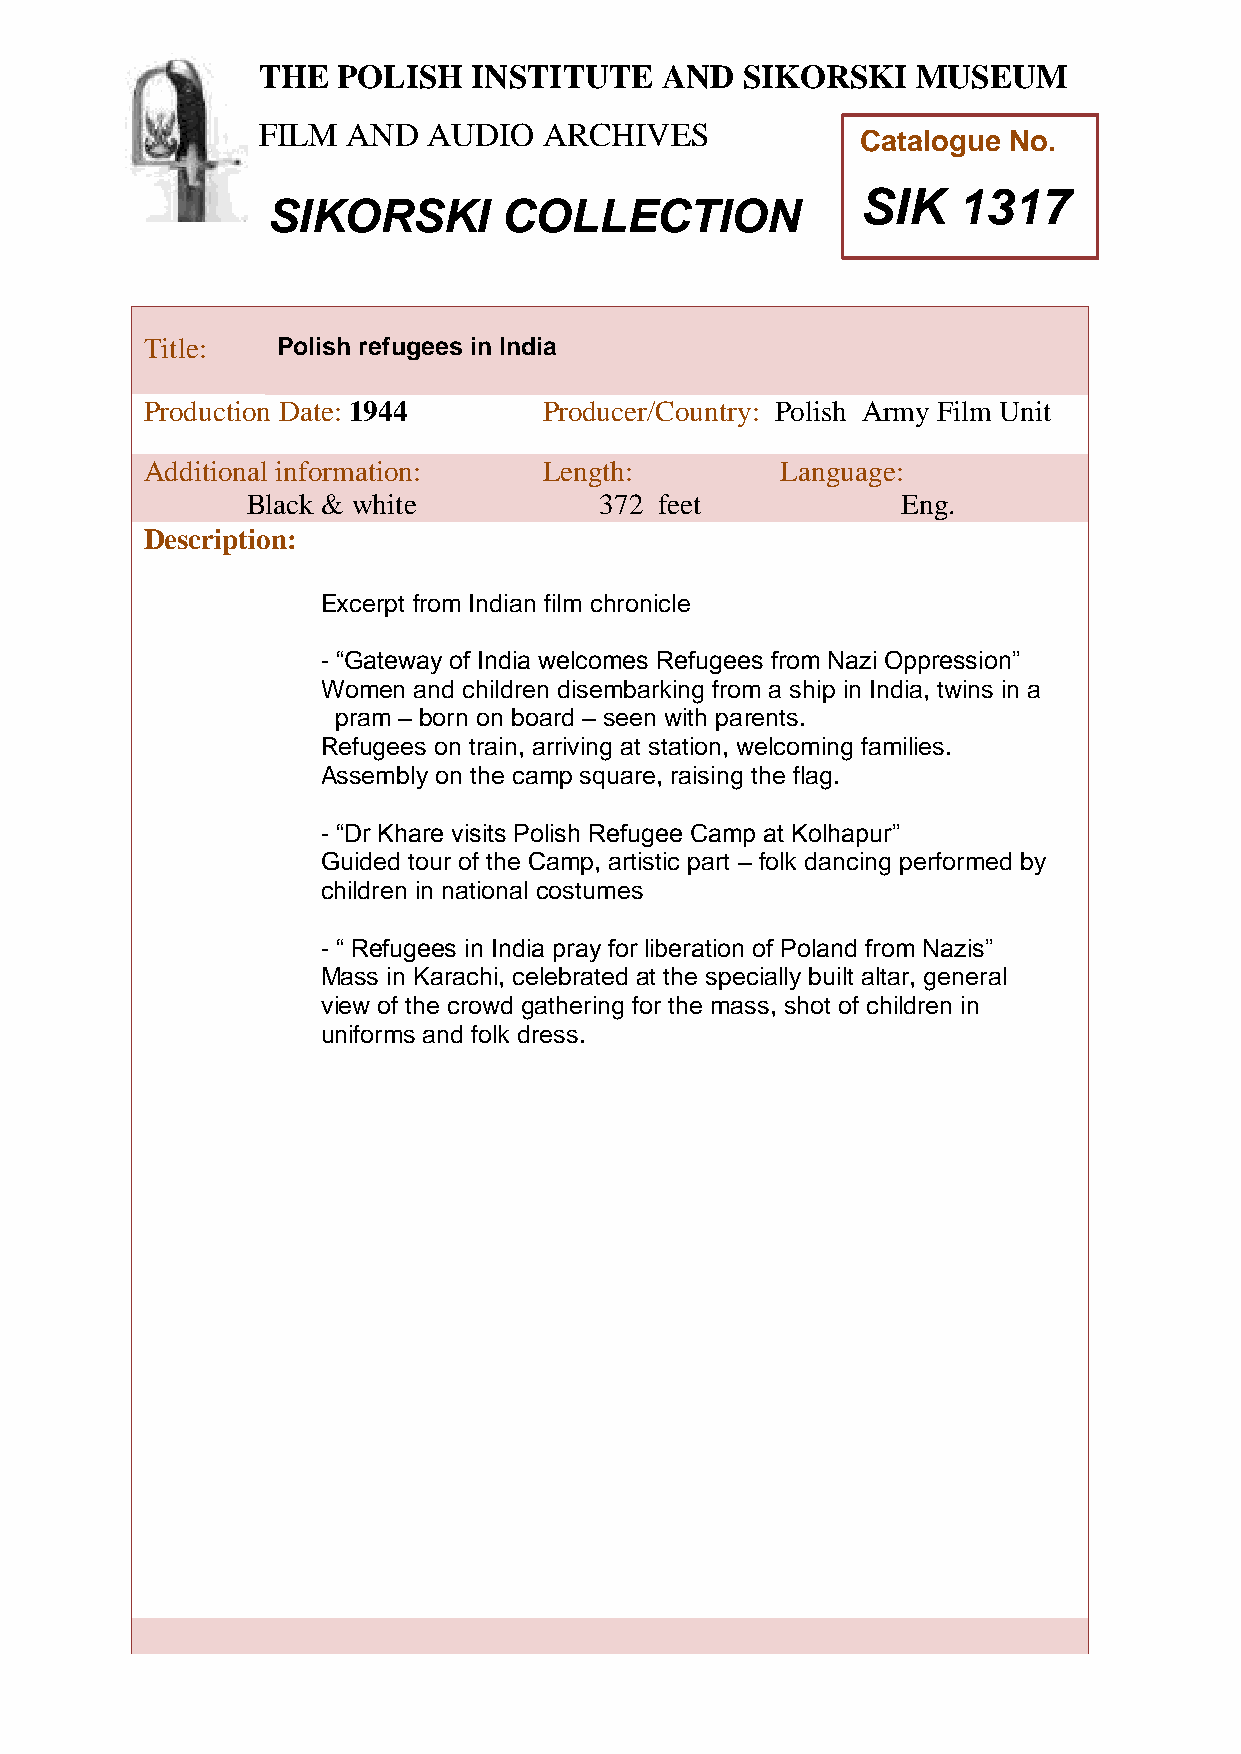
THE  POLISH   INSTITUTE    AND  SIKORSKI    MUSEUM
 FILM  AND  AUDIO   ARCHIVES
 Catalogue No.
 SIK   1317
 SIKORSKI       COLLECTION
 TTitle:     Polish refugees in India
 h
 Peroduction Date: 1944     Producer/Country: Polish Army Film Unit
 AddiPtional information:   Length:         Language:
 oBlack & white           372 feet            Eng.
 l
 Descriptioni:
 s
 hExcerpt from Indian film chronicle
 I
 - “Gateway of India welcomes Refugees from Nazi Oppression”
 n
 Women and children disembarking from a ship in India, twins in a
 s
 pram – btorn on board – seen with parents.
 i
 Refugees ont train, arriving at station, welcoming families.
 Assembly on uthe camp square, raising the flag.
 t
 - “Dr Khare visits ePolish Refugee Camp at Kolhapur”
 Guided tour of the Camp, artistic part – folk dancing performed by
 a
 children in national costumes
 n
 - “ Refugees in India pray fodr liberation of Poland from Nazis”
 Mass in Karachi, celebrated at the specially built altar, general
 view of the crowd gathering for Sthe mass, shot of children in
 i
 uniforms and folk dress.
 k
 o
 r
 s
 k
 i
 M
 u
 s
 e
 u
 m